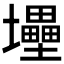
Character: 𡔁